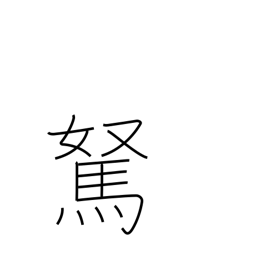
Meaning: foolish fellow